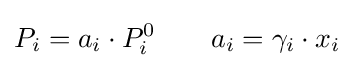
P_{i}=a_{i}\cdot P_{i}^{0}\qquad a_{i}=\gamma _{i}\cdot x_{i}